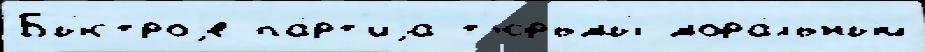
Бы́строjе па́рт'иjа т'юрьмы́ мора́льный